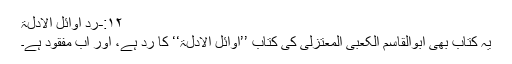
۱۲:-ردّ أوائل الأدلۃ
یہ کتاب بھی ابوالقاسم الکعبی المعتزلی کی کتاب ’’أوائل الأدلۃ‘‘ کا ردّ ہے، اور اب مفقود ہے۔